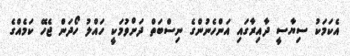
އެކަމަކު ސިޔާސީ ދާއިރާގައި އަންހެނުންގެ ނިސްބަތް ދަށްވުމަކީ ހައްލު ހޯދަން ޖެހޭ ކަމެއްގެ